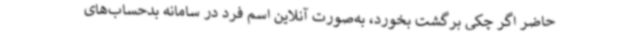
حاضر اگر چکی برگشت بخورد، به‌صورت آنلاین اسم فرد در سامانه بدحساب‌های